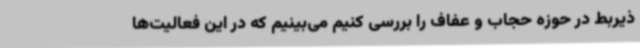
ذیربط در حوزه حجاب و عفاف را بررسی کنیم می‌بینیم که در این فعالیت‌ها